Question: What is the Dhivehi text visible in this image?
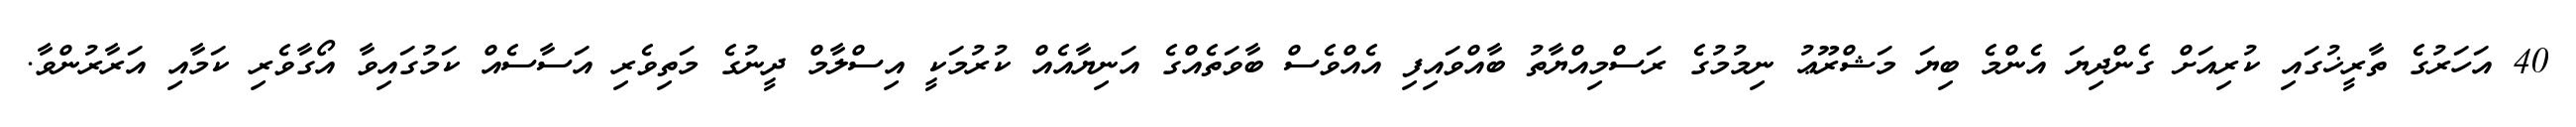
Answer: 40 އަހަރުގެ ތާރީޚުގައި ކުރިއަށް ގެންދިޔަ އެންމެ ބިޔަ މަޝްރޫޢު ނިމުމުގެ ރަސްމިއްޔާތު ބާއްވައިފި އެއްވެސް ބާވަތެއްގެ އަނިޔާއެއް ކުރުމަކީ އިސްލާމް ދީނުގެ މަތިވެރި އަސާސެއް ކަމުގައިވާ އޯގާވެރި ކަމާއި އަރާރުންވާ.